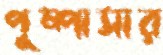
পুষ্পাসার